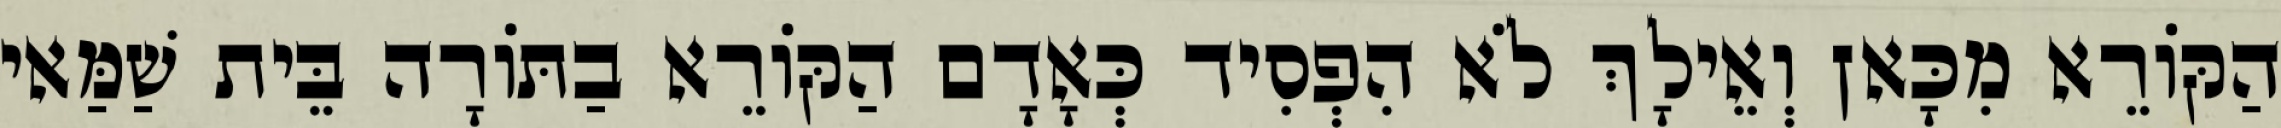
הַקּוֹרֵא מִכָּאן וְאֵילָךְ לֹא הִפְסִיד כְּאָדָם הַקּוֹרֵא בַתּוֹרָה בֵּית שַׁמַּאי